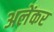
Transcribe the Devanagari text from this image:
अलेंकर